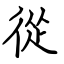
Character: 從